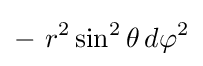
-~r^{2}\sin ^{2}\theta \,d\varphi ^{2}